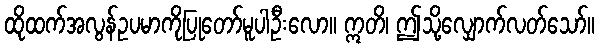
ထိုထက်အလွန်ဥပမာကိုပြုတော်မူပါဦးလော။ ဣတိ၊ ဤသို့လျှောက်လတ်သော်။